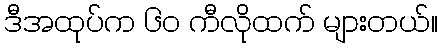
ဒီအထုပ်က ၆၀ ကီလိုထက် များတယ်။